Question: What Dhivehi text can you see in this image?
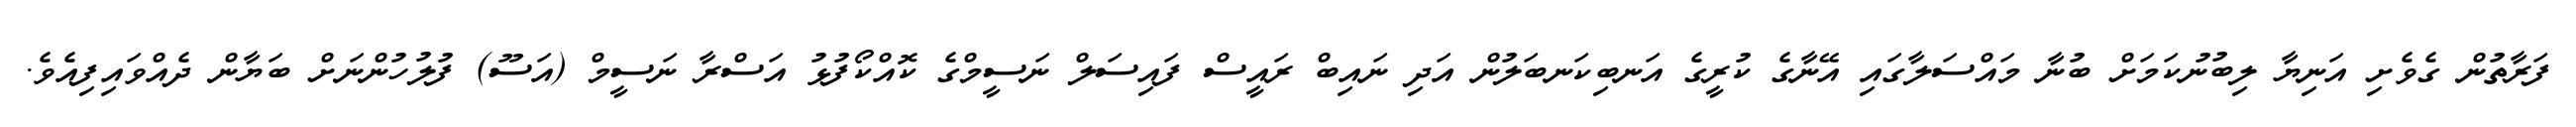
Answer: ފަރާތުން ގެވެށި އަނިޔާ ލިބުނުކަމަށް ބުނާ މައްސަލާގައި އޭނާގެ ކުރީގެ އަނބިކަނބަލުން އަދި ނައިބް ރައީސް ފައިސަލް ނަސީމްގެ ކޮއްކޯފުޅު އަސްރާ ނަސީމް (އަސޫ) ފުލުހުންނަށް ބަޔާން ދެއްވައިފިއެވެ.